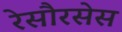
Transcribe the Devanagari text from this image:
रेसौरसेस